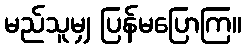
မည်သူမျှ ပြန်မပြောကြ။